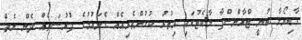
ގާޑިޔޯލާ ބުނީ ޓްރާންސްފާ މާކެޓުގައި އިތުރު ކުޅުންތެރިއެއް ގެނައުމުގެ ފުރުސަތެއް ދެން ނެތް